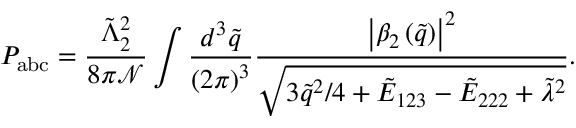
P _ { \mathrm { a b c } } = \frac { \tilde { \Lambda } _ { 2 } ^ { 2 } } { 8 \pi \mathcal { N } } \int \frac { d ^ { 3 } \tilde { q } } { \left( 2 \pi \right) ^ { 3 } } \frac { \left| \beta _ { 2 } \left( \tilde { q } \right) \right| ^ { 2 } } { \sqrt { 3 \tilde { q } ^ { 2 } / 4 + \tilde { E } _ { 1 2 3 } - \tilde { E } _ { 2 2 2 } + \tilde { \lambda } ^ { 2 } } } .